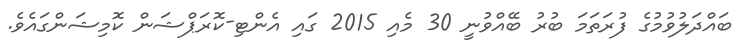
ބައްދަލުވުމުގެ ފުރަތަމަ ބުރު ބޭއްވުނީ 30 މެއި 2015 ގައި އެންޓި-ކޮރަޕްޝަން ކޮމިޝަންގައެވެ.